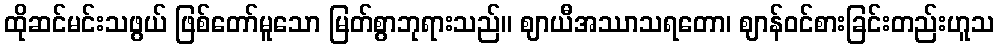
ထိုဆင်မင်းသဖွယ် ဖြစ်တော်မူသော မြတ်စွာဘုရားသည်။ ဈာယီအဿာသရတော၊ ဈာန်ဝင်စားခြင်းတည်းဟူသ